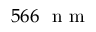
5 6 6 ~ \mathrm { ~ n ~ m ~ }